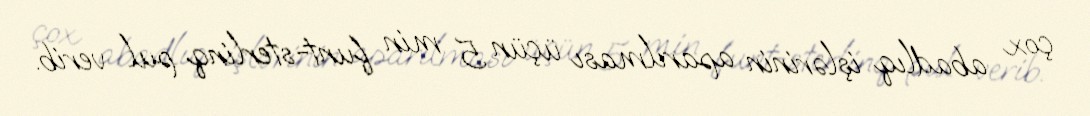
çox abadlıq işlərinin aparılması üçün 5 min funt-sterlinq pul verib.